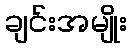
ချင်းအမျိုး